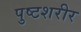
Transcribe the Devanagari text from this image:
पुष्टशरीर